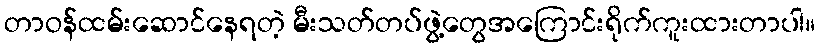
တာဝန်ထမ်းဆောင်နေရတဲ့ မီးသတ်တပ်ဖွဲ့တွေအကြောင်းရိုက်ကူးထားတာပါ။